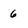
Character: 6